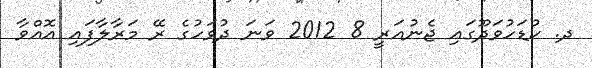
ދ. ކުޑަހުވަދޫގައި ޖެނުއަރީ 8 2012 ވަނަ ދުވަހުގެ ރޭ މަރާލާފައި އޮއްވާ